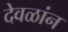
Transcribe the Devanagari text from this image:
देवळांन